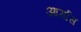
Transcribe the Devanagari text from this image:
आर्मास